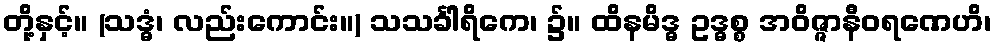
တို့နှင့်။ (သဒ္ဓံ၊ လည်းကောင်း။) သသင်္ခါရိကေ၊ ၌။ ထိနမိဒ္ဓ ဥဒ္ဓစ္စ အဝိဇ္ဇာနီဝရဏေဟိ၊